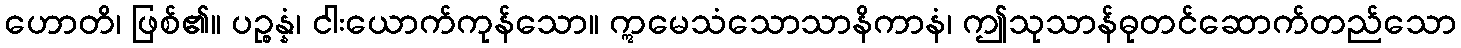
ဟောတိ၊ ဖြစ်၏။ ပဉ္စန္နံ၊ ငါးယောက်ကုန်သော။ ဣမေသံသောသာနိကာနံ၊ ဤသုသာန်ဓုတင်ဆောက်တည်သော